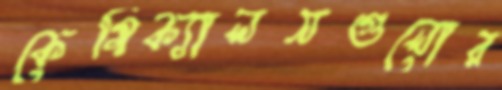
কেমিক্যালসগুলোর